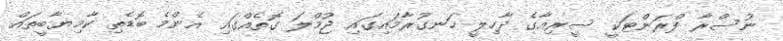
ނުސްރާ ފްރަންޓަކީ ސީރިއާގެ ދާހިލީ ހަނގުރާމައިގައި ޖުމްލަ ގޮތެއްގައި އެންމެ ބޮޑެތި ކާމިޔާބީތައް